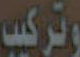
وتركيب